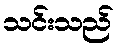
သင်းသည်